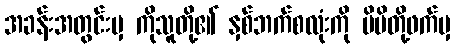
အခန်းအတွင်းမှ ကိုသူတို့၏ နှစ်ဘက်စလုံးကို မိမိတို့ဖက်မှ